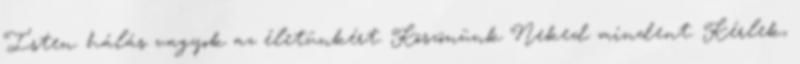
Isten. hálás vagyok az életünkért. Köszönünk Neked mindent. Kérlek,